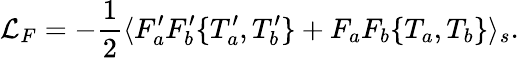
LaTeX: {\cal L}_{F}=-\frac{1}{2}\langle F_{a}^{\prime}F_{b}^{\prime}\{ T_{a}^{\prime},T_{b}^{\prime}\} +F_{a}F_{b}\{ T_{a},T_{b}\} \rangle_{s}.